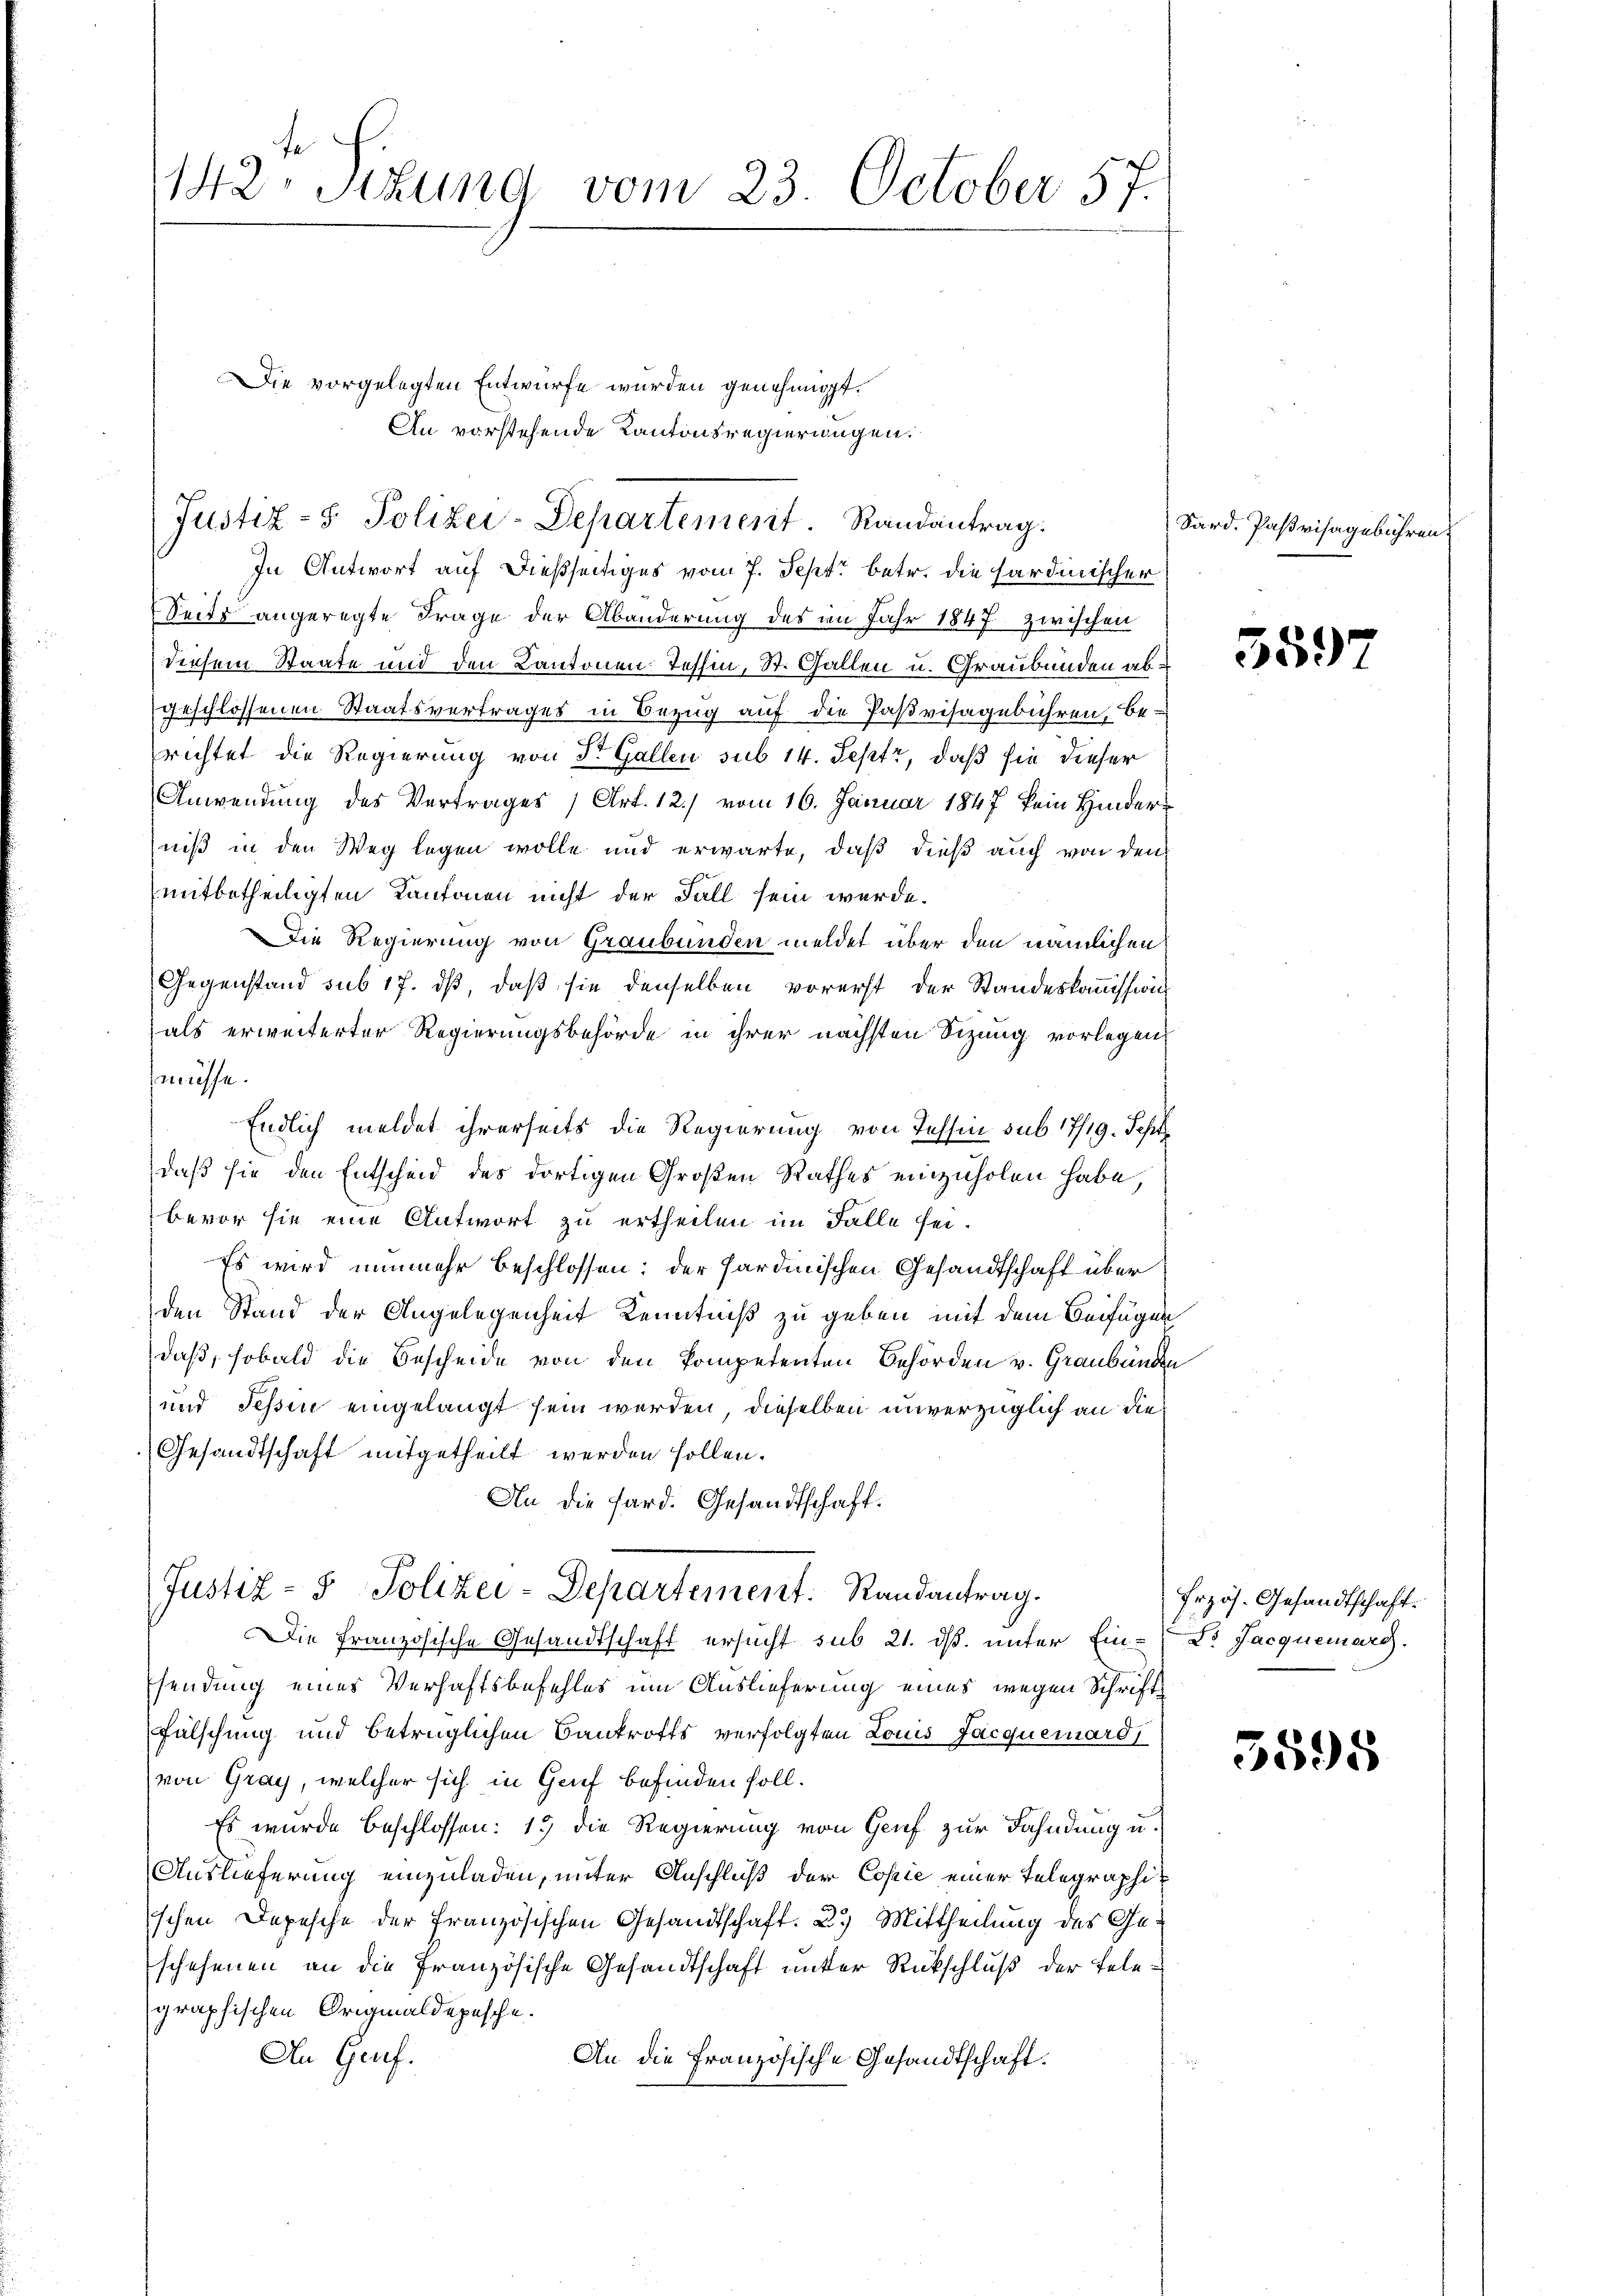
142. Sitzung vom 23. October 57.

Justiz- & Polizei-Departement. Randantrag.

In Antwort auf dießseitiges vom 7. Sept. betr. die hardinischer
Seits angeregte Frage der Abänderung des im Jahr 1847 zwischen
diesem Staate und den Kantonen. Tessin, St. Gallen u. Graubünden abgeschlossenen Staatsvertrages in Bezug auf die Paßvisagebühren, be-
richtet die Regierung von Dr. Gallen sub 14. Sept, daß sie dieser
Anwendung des Vertrages (Art. 12./ vom 16. Januar 1847 kein Hinderniß in den Weg legen wolle und erwarte, daß dieß auch von den
mitbetheiligten Kantonen nicht der Fall sein werde.
Die Regierung von Graubünden meldet über den nämlichen
Gegenstand sub 17. dß, daß sie denselben vorerst der Standeskommission
als erweiterter Regierungsbehörde in ihrer nächsten Sizung vorlegen
müsse.
Endlich meldet ihrerseits die Regierung von Tessin sub 17/19. Sept
daß sie den Entscheid des dortigen Großen Rathes einzuholen habe,
bevor sie eine Antwort zu ertheilen im Falle sei.
Es wird nunmehr beschlossen: der Sardinischen Gesandtschaft über
den Stand der Angelegenheit Kenntniß zu geben mit dem Beifügen
daß, sobald die Bescheide von den kompetenten Behörden v. Graubünden
 und Tessin eingelangt sein werden, dieselben unverzüglich an die¬
Gesandtschaft mitgetheilt werden sollen.
An die Sard. Gesandtschaft.
Justiz- & Polizei-Departement. Randantrag.
Die französische Gesandtschaft ersucht sub 21. ds. unter Ein-Dr. Jacquemarg.
sendung eines Verhaftsbefehles um Auslieferung eines wegen Schrift¬
Fülschung und betrüglichen Bankrotts verfolgten Louis Jacquerard,
von Gray, welcher sich in Genf befinden soll.
Es wurde beschlossen: 15 die Regierung von Genf zur Fahndung u.
Auslieferung einzuladen, unter Anschluß der Copie einer Telegraphischen Depesche der Französischen Gesandtschaft. 2.) Mittheilung des Geschehenen an die Französische Gesandtschaft unter Rückschluß der Telegraphischen Originaldepesche.
An Genf.
An die Französische Gesandtschaft.

Die vorgelegten Entwurfe wurden genehmigt.
An vorstehende Kantonsregierungen.

Sard. Parisagebühren.

559

frzös. Gesandtschaft.

5598